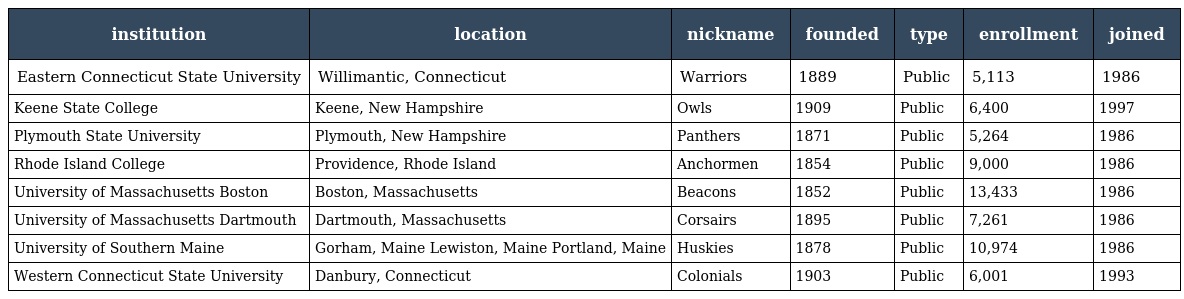
| institution | location | nickname | founded | type | enrollment | joined |
 | --- | --- | --- | --- | --- | --- | --- |
 | Eastern Connecticut State University | Willimantic, Connecticut | Warriors | 1889 | Public | 5,113 | 1986 |
 | Keene State College | Keene, New Hampshire | Owls | 1909 | Public | 6,400 | 1997 |
 | Plymouth State University | Plymouth, New Hampshire | Panthers | 1871 | Public | 5,264 | 1986 |
 | Rhode Island College | Providence, Rhode Island | Anchormen | 1854 | Public | 9,000 | 1986 |
 | University of Massachusetts Boston | Boston, Massachusetts | Beacons | 1852 | Public | 13,433 | 1986 |
 | University of Massachusetts Dartmouth | Dartmouth, Massachusetts | Corsairs | 1895 | Public | 7,261 | 1986 |
 | University of Southern Maine | Gorham, Maine Lewiston, Maine Portland, Maine | Huskies | 1878 | Public | 10,974 | 1986 |
 | Western Connecticut State University | Danbury, Connecticut | Colonials | 1903 | Public | 6,001 | 1993 |